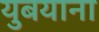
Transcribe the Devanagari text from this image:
युबयाना